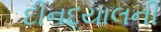
દીનદયાલની